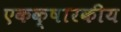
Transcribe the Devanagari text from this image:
एकक्षारकीय